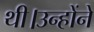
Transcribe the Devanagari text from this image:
थी।उन्होंने